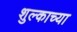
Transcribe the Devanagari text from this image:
शुल्काच्या